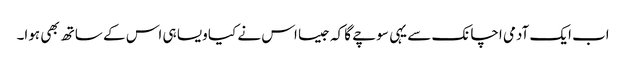
اب ایک آدمی اچانک سے یہی سوچے گا کہ جیسا اس نے کیا ویسا ہی اس کے ساتھ بھی ہوا۔